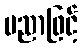
ပညာဖြင့်